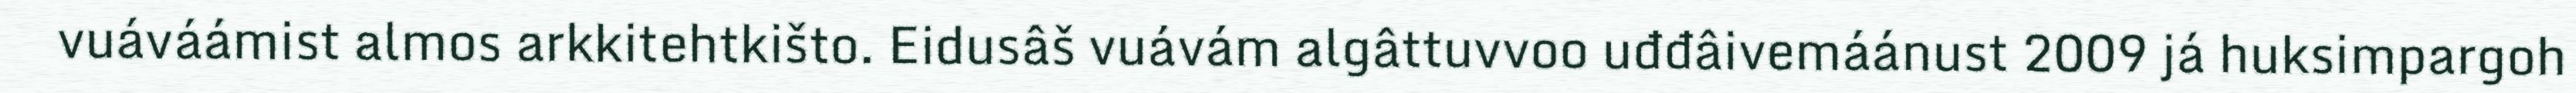
vuáváámist almos arkkitehtkišto. Eidusâš vuávám algâttuvvoo uđđâivemáánust 2009 já huksimpargoh